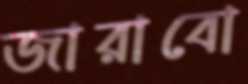
জারাবো